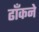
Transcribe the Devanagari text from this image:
ढाँकने